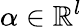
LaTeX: \alpha\in\mathbb{R}^{l}